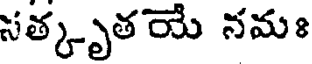
సత్కృతయే నమః